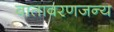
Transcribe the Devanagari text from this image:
वातावरणजन्य